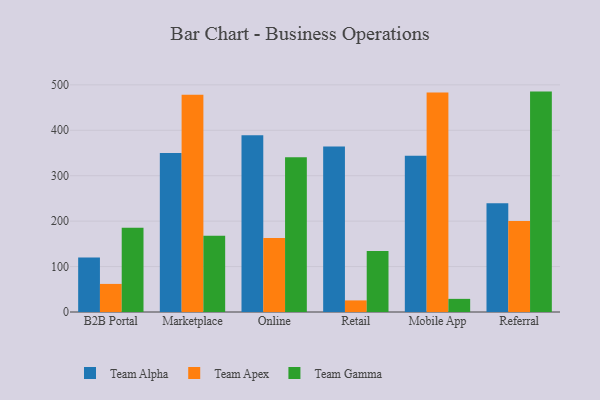
{"axis": {"x": "Channel", "y": "Latency (ms)"}, "legend": ["Team Alpha", "Team Apex", "Team Gamma"], "data": [{"x": "B2B Portal", "y": 120.2, "type": "Team Alpha"}, {"x": "B2B Portal", "y": 61.8, "type": "Team Apex"}, {"x": "B2B Portal", "y": 185.6, "type": "Team Gamma"}, {"x": "Marketplace", "y": 349.9, "type": "Team Alpha"}, {"x": "Marketplace", "y": 478.1, "type": "Team Apex"}, {"x": "Marketplace", "y": 167.8, "type": "Team Gamma"}, {"x": "Online", "y": 388.8, "type": "Team Alpha"}, {"x": "Online", "y": 162.8, "type": "Team Apex"}, {"x": "Online", "y": 340.5, "type": "Team Gamma"}, {"x": "Retail", "y": 364.4, "type": "Team Alpha"}, {"x": "Retail", "y": 25.5, "type": "Team Apex"}, {"x": "Retail", "y": 134.0, "type": "Team Gamma"}, {"x": "Mobile App", "y": 343.9, "type": "Team Alpha"}, {"x": "Mobile App", "y": 482.9, "type": "Team Apex"}, {"x": "Mobile App", "y": 28.9, "type": "Team Gamma"}, {"x": "Referral", "y": 239.3, "type": "Team Alpha"}, {"x": "Referral", "y": 200.3, "type": "Team Apex"}, {"x": "Referral", "y": 485.1, "type": "Team Gamma"}]}